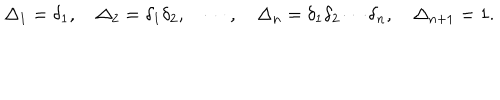
\Delta _ { 1 } = \delta _ { 1 } , \quad \Delta _ { 2 } = \delta _ { 1 } \delta _ { 2 } , \quad \cdots , \quad \Delta _ { n } = \delta _ { 1 } \delta _ { 2 } \cdots \delta _ { n } , \quad \Delta _ { n + 1 } = 1 .